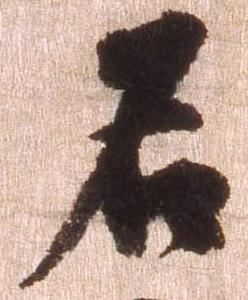
名